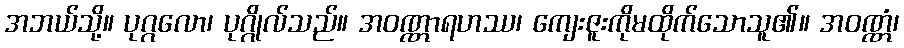
အဘယ်သို့။ ပုဂ္ဂလော၊ ပုဂ္ဂိုလ်သည်။ အဝဏ္ဏာရဟဿ၊ ကျေးဇူးကိုမထိုက်သောသူ၏။ အဝဏ္ဏံ၊